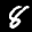
Label: 8